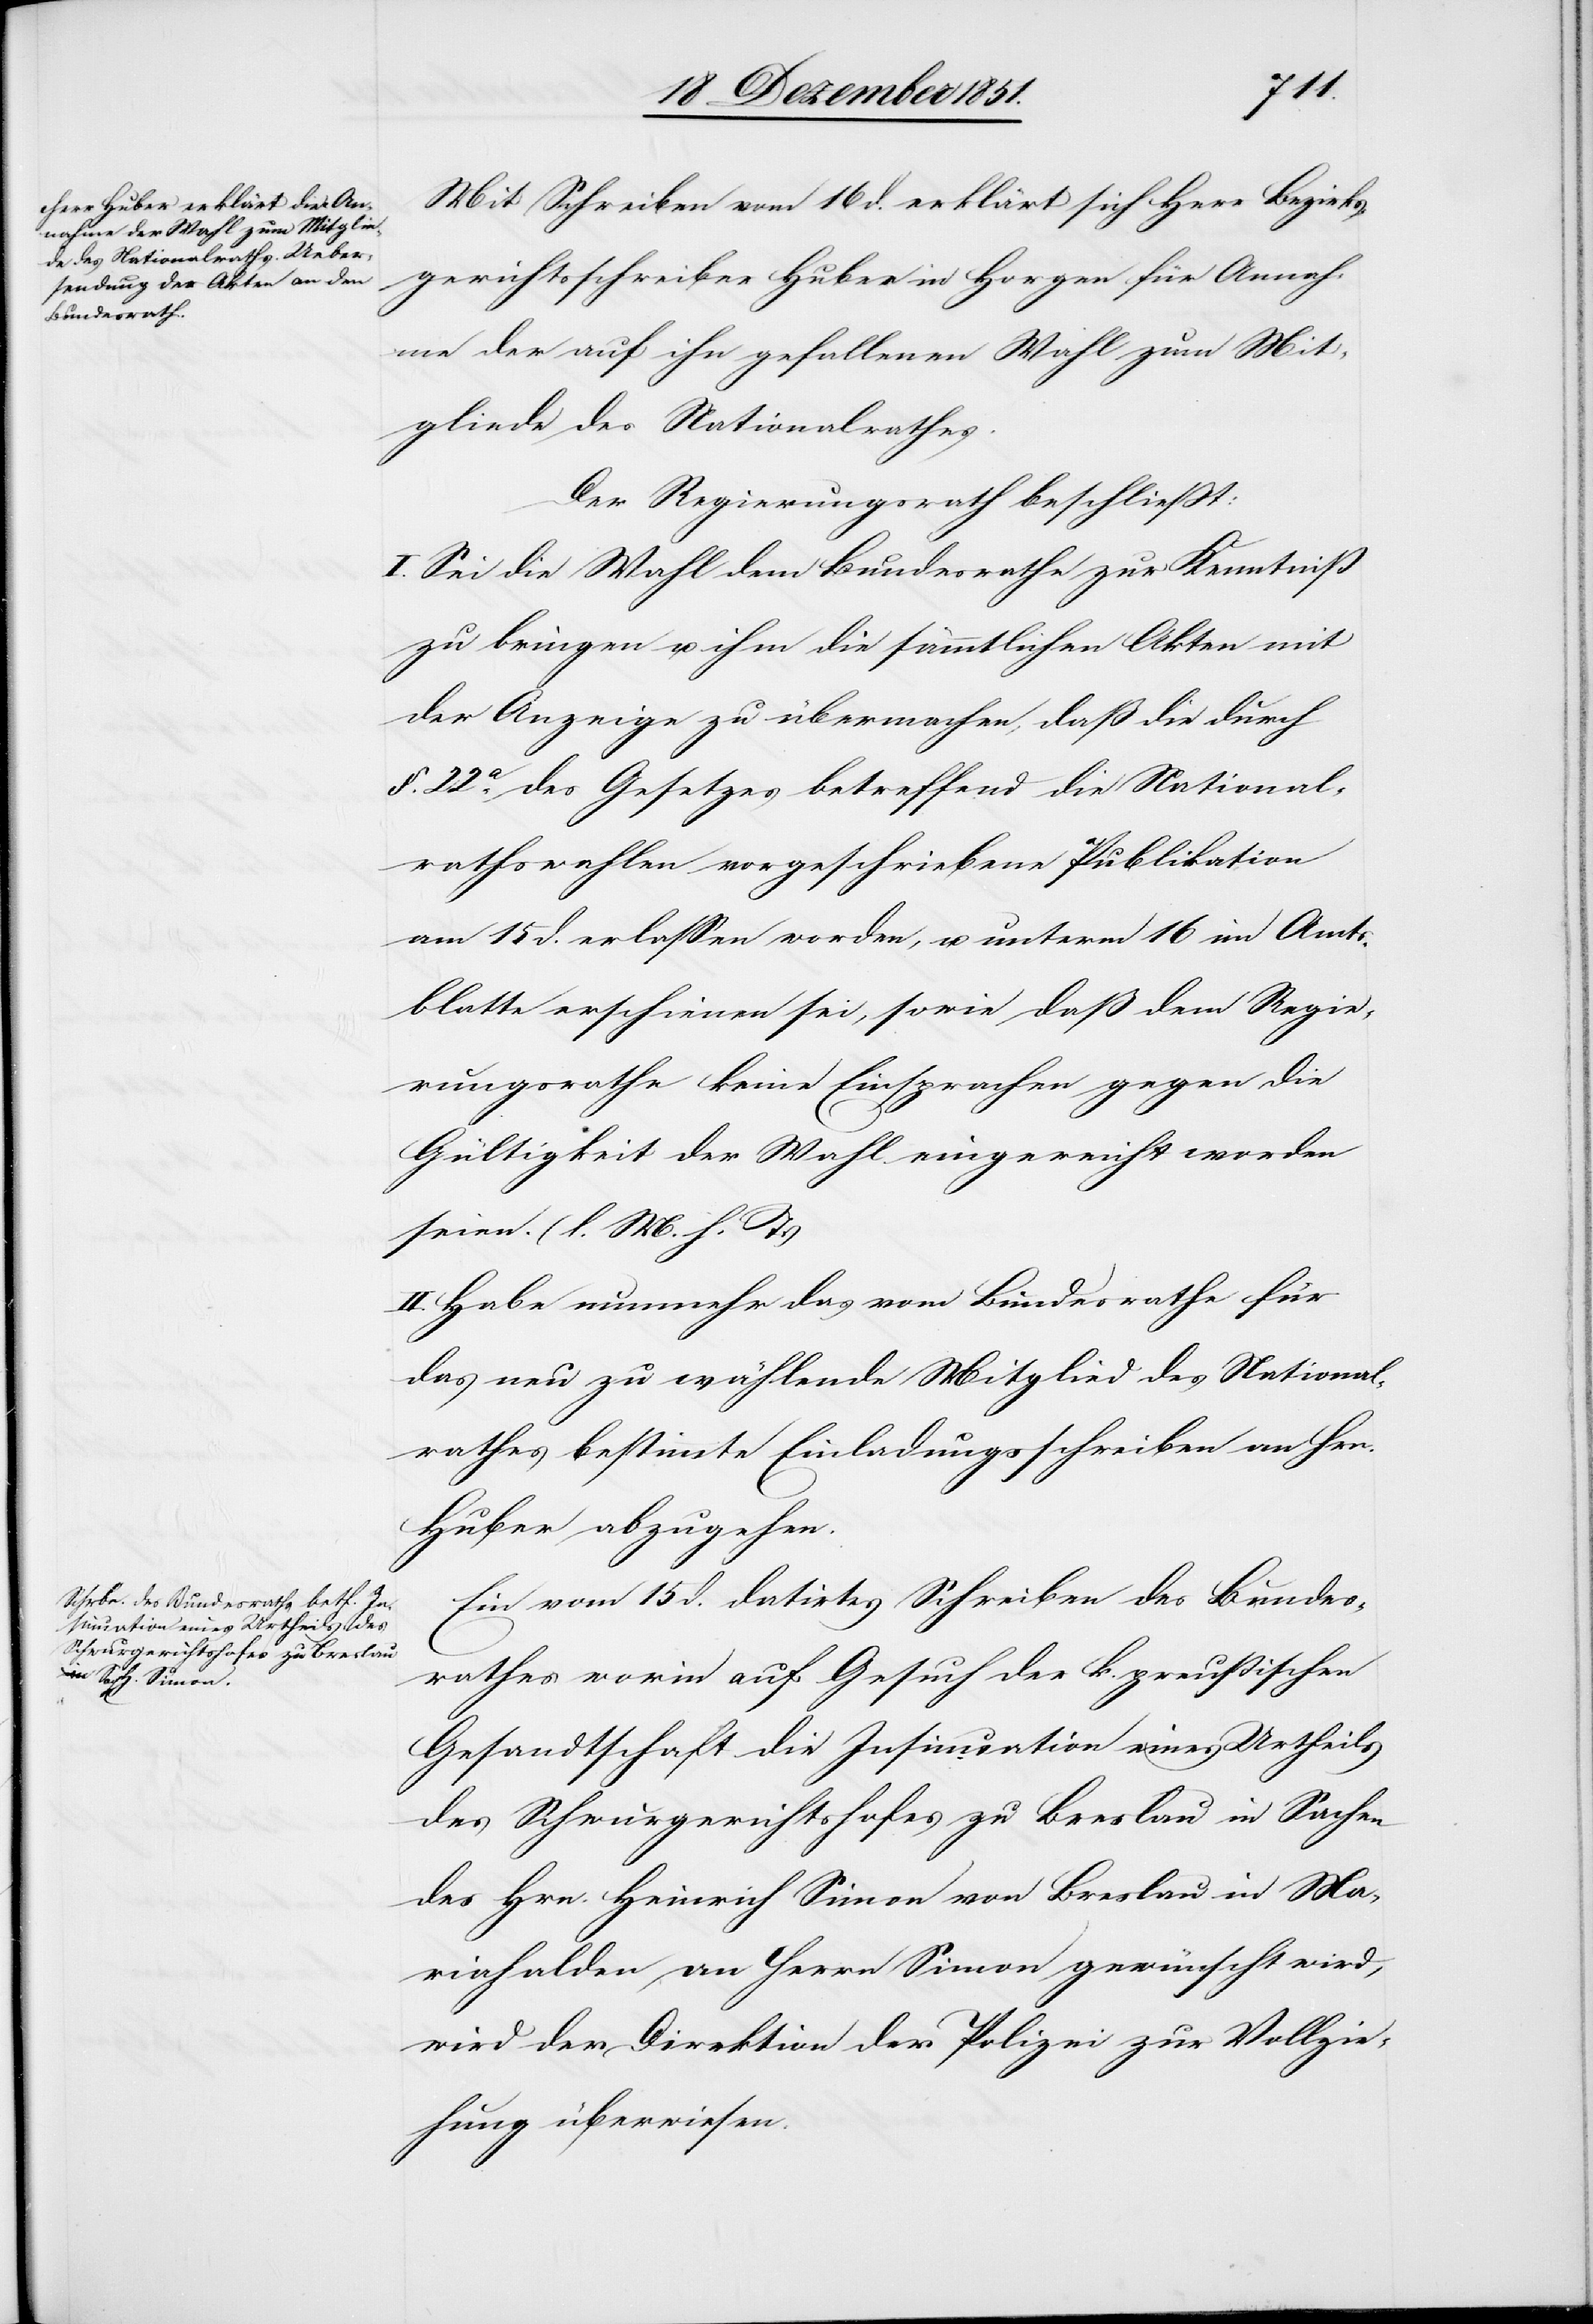
Mit Schreiben vom 16 d. erklärt sich Herr Bezirks¬
gerichtsschreiber Huber in Horgen für Annah¬
me der auf ihn gefallenen Wahl zum Mit¬
gliede des Nationalrathes.
Der Regierungsrath beschließt:
I. Sei die Wahl dem Bundesrathe zur Kenntniß
zu bringen u. ihm die sämmtlichen Akten mit
der Anzeige zu übermachen, daß die durch
§. 22a. des Gesetzes betreffend die National¬
rathswahlen vorgeschriebene Publikation
am 15 d. erlassen worden, u. unterm 16 im Amts¬
blatte erschienen sei, sowie daß dem Regie¬
rungsrathe keine Einsprachen gegen die
Gültigkeit der Wahl eingereicht worden
seien. (l. M. h. T.)
II. Habe nunmehr das vom Bundesrathe für
das neu zu wählende Mitglied des National¬
rathes bestimmte Einladungsschreiben an Hrn.
Huber abzugehen.
Ein vom 15 d. datirtes Schreiben des Bundes¬
rathes worin auf Gesuch der k. preußischen
Gesandtschaft die Insinuation eines Urtheils
des Schwurgerichtshofes zu Breslau in Sachen
des Hrn. Heinrich Simon von Breslau in Ma¬
riahalden an Herrn Simon gewünscht wird,
wird der Direktion der Polizei zur Vollzie¬
hung überwiesen.